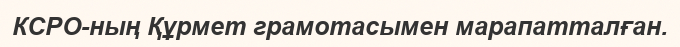
КСРО-ның Құрмет грамотасымен марапатталған.